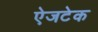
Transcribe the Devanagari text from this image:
ऐजटेक